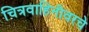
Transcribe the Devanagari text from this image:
चित्रवाहिनीवरचे